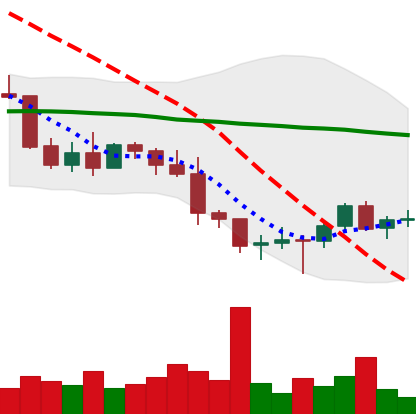
Ticker: BTC-USD
Chart end date: 2022-01-15
Forward return: -5.783%
Label: down_5_7